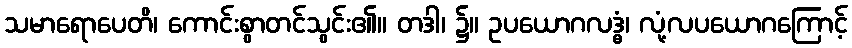
သမာရောပေတိ၊ ကောင်းစွာတင်သွင်း၏။ တဒါ၊ ၌။ ဥပယောဂလဒ္ဓံ၊ လုံ့လပယောဂကြောင့်